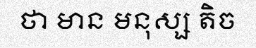
ថា មាន មនុស្ស តិច